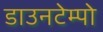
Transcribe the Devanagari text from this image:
डाउनटेम्पो